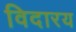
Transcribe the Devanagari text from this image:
विदारय